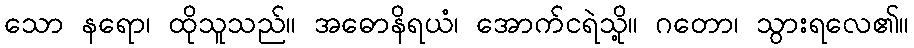
သော နရော၊ ထိုသူသည်။ အဓောနိရယံ၊ အောက်ငရဲသို့။ ဂတော၊ သွားရလေ၏။